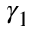
\gamma _ { 1 }